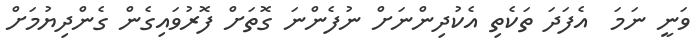
ވަނީ ނަމަ  އެފަދަ ތަކެތި އެކުދިންނަށް ނުފެންނަ ގޮތަށް ފޮރުވައިގެން ގެންދިޔުމަށް